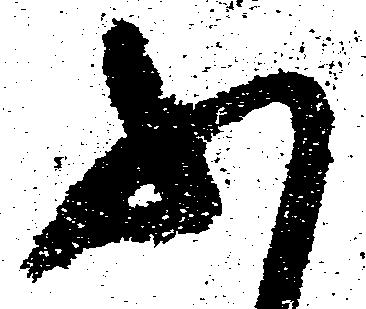
ふ